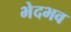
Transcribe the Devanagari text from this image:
भेदभव